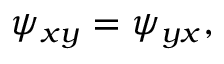
\psi _ { x y } = \psi _ { y x } ,